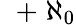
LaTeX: \; \; +\; \aleph_{0}